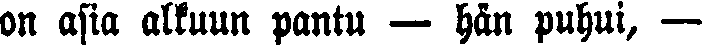
on asia alkuun pantu — hän puhui, —